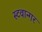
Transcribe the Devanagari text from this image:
स्टवान्गर